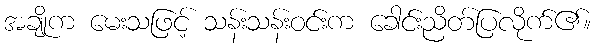
အချိုက မေးသဖြင့် သန်းသန်းဝင်းက ခေါင်းညိတ်ပြလိုက်၏။